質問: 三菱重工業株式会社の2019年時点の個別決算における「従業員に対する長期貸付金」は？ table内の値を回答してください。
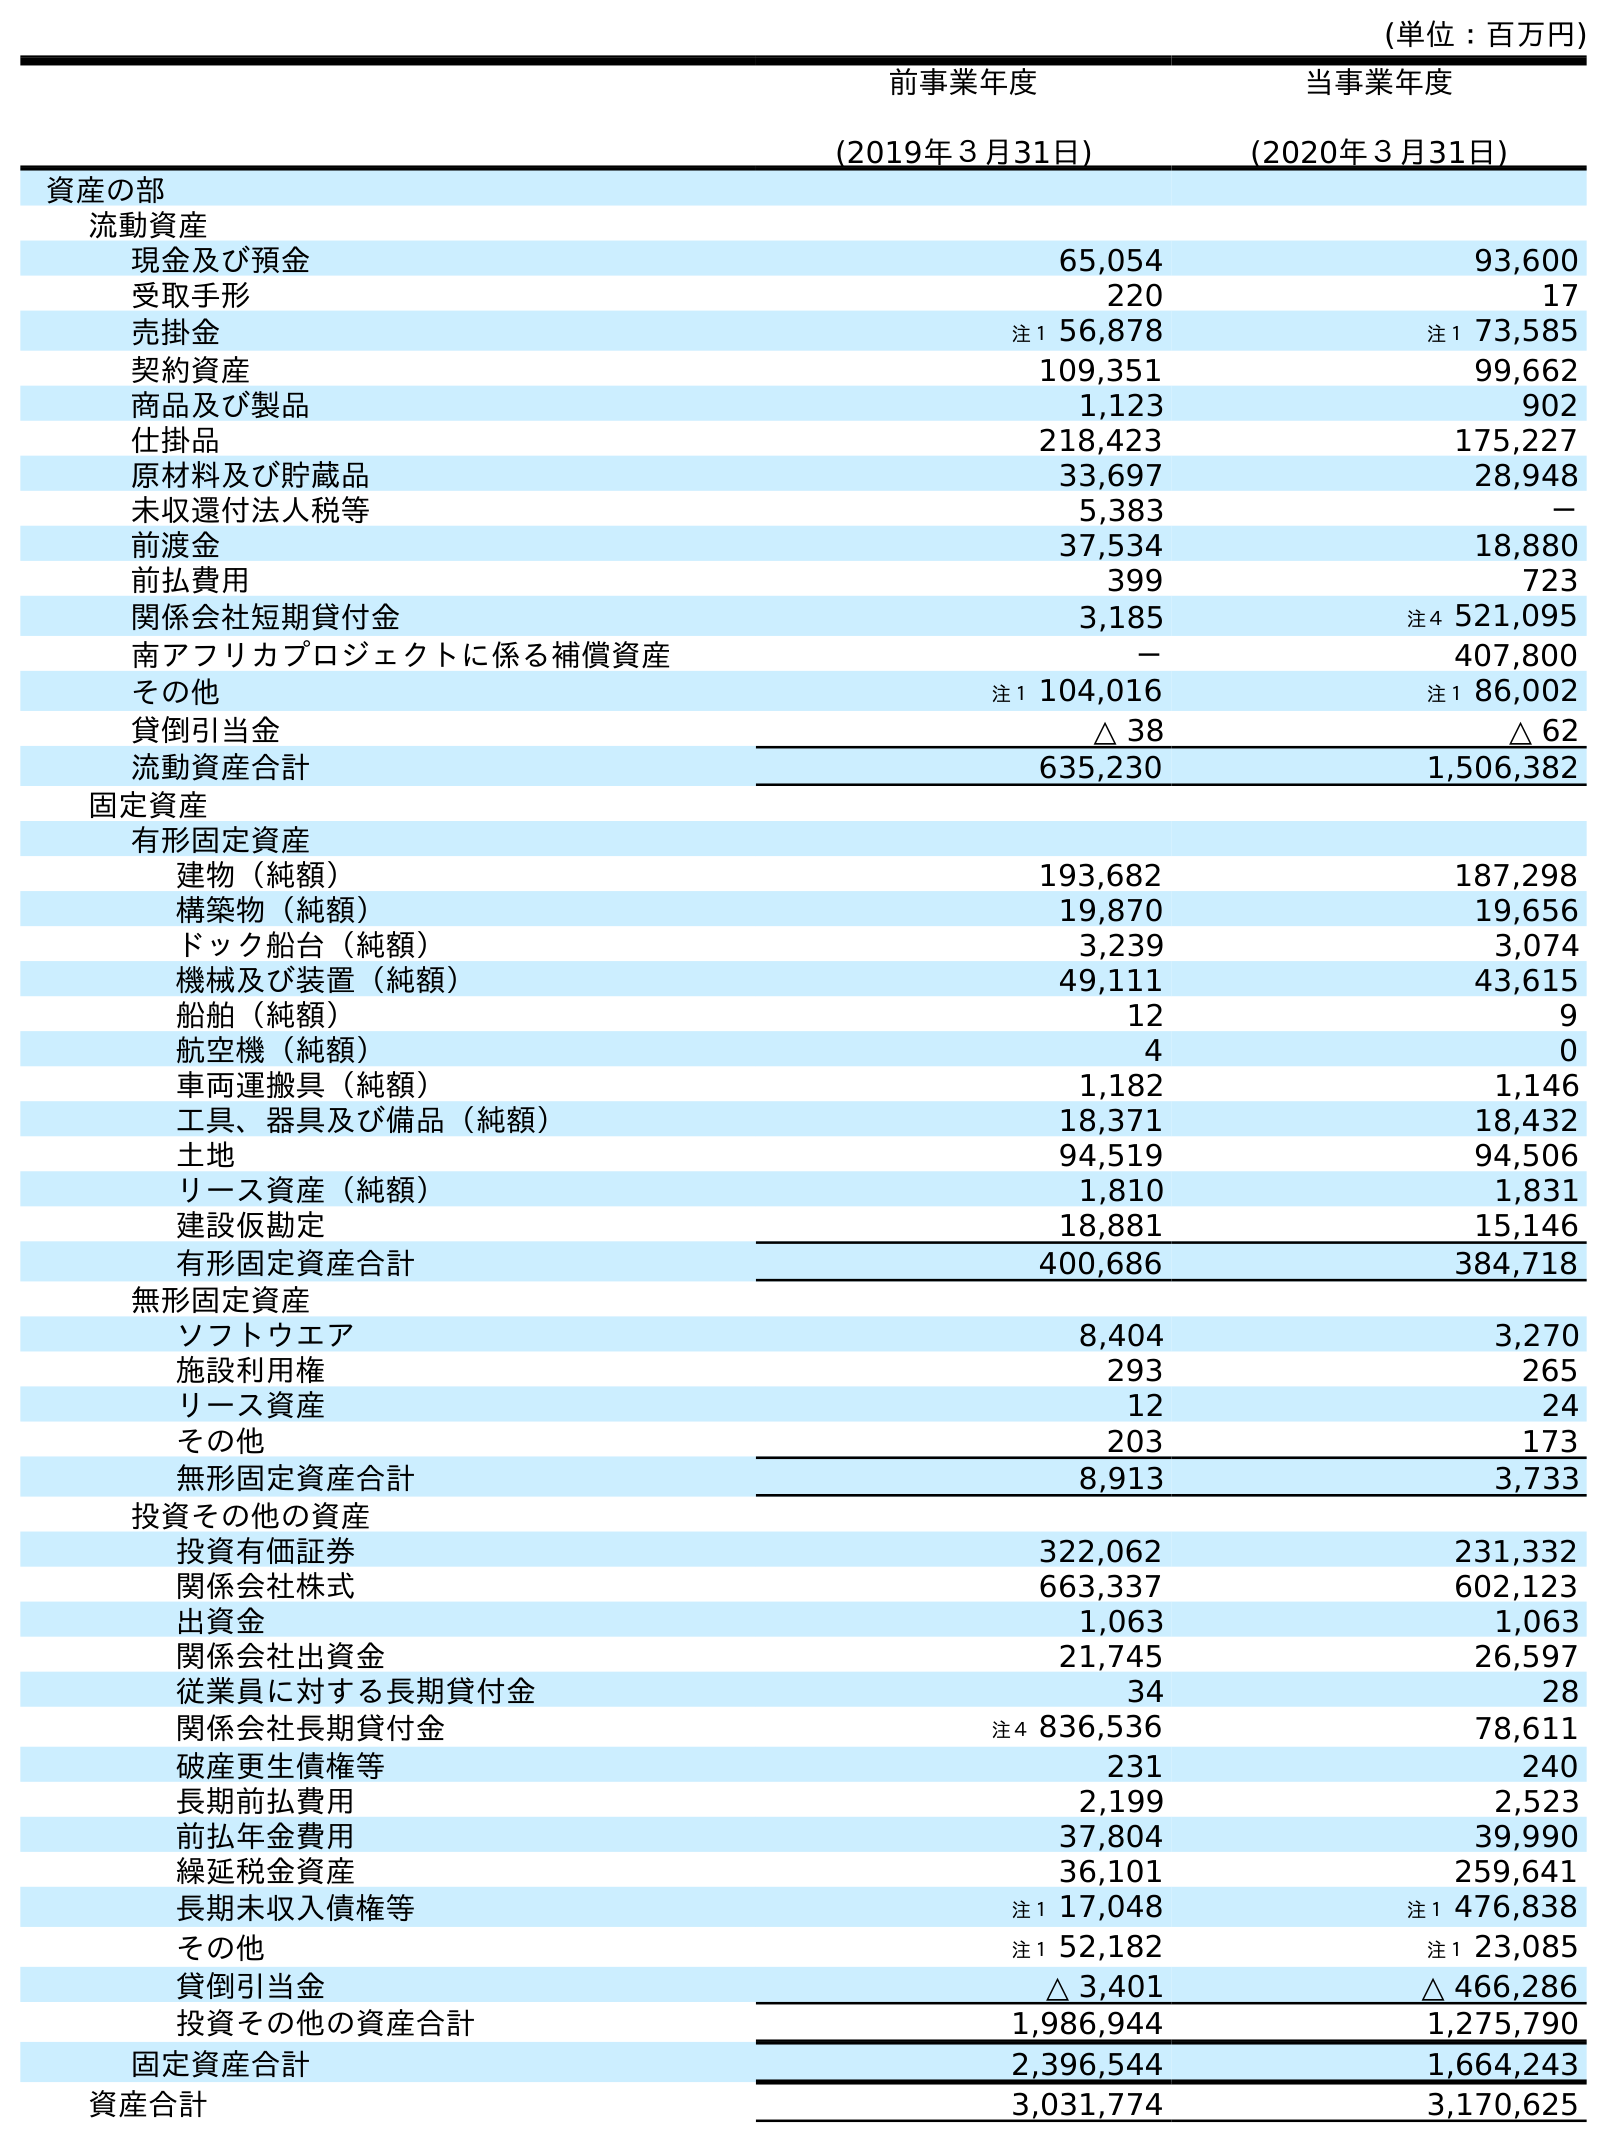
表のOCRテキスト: (単位：百万円) 前事業年度 (2019年３月31日) 当事業年度 (2020年３月31日) 資産の部 流動資産 現金及び預金 65,054 93,600 受取手形 220 17 売掛金 注１ 56,878 注１ 73,585 契約資産 109,351 99,662 商品及び製品 1,123 902 仕掛品 218,423 175,227 原材料及び貯蔵品 33,697 28,948 未収還付法人税等 5,383 － 前渡金 37,534 18,880 前払費用 399 723 関係会社短期貸付金 3,185 注４ 521,095 南アフリカプロジェクトに係る補償資産 － 407,800 その他 注１ 104,016 注１ 86,002 貸倒引当金 △ 38 △ 62 流動資産合計 635,230 1,506,382 固定資産 有形固定資産 建物（純額） 193,682 187,298 構築物（純額） 19,870 19,656 ドック船台（純額） 3,239 3,074 機械及び装置（純額） 49,111 43,615 船舶（純額） 12 9 航空機（純額） 4 0 車両運搬具（純額） 1,182 1,146 工具、器具及び備品（純額） 18,371 18,432 土地 94,519 94,506 リース資産（純額） 1,810 1,831 建設仮勘定 18,881 15,146 有形固定資産合計 400,686 384,718 無形固定資産 ソフトウエア 8,404 3,270 施設利用権 293 265 リース資産 12 24 その他 203 173 無形固定資産合計 8,913 3,733 投資その他の資産 投資有価証券 322,062 231,332 関係会社株式 663,337 602,123 出資金 1,063 1,063 関係会社出資金 21,745 26,597 従業員に対する長期貸付金 34 28 関係会社長期貸付金 注４ 836,536 78,611 破産更生債権等 231 240 長期前払費用 2,199 2,523 前払年金費用 37,804 39,990 繰延税金資産 36,101 259,641 長期未収入債権等 注１ 17,048 注１ 476,838 その他 注１ 52,182 注１ 23,085 貸倒引当金 △ 3,401 △ 466,286 投資その他の資産合計 1,986,944 1,275,790 固定資産合計 2,396,544 1,664,243 資産合計 3,031,774 3,170,625
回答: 34